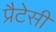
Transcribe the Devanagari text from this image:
प्रैटेसी